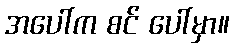
အပေါ်က စင် ပေါ်မှာ။